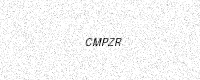
Text: CMPZR